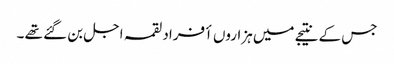
جس کے نتیجے میں ہزاروں أفراد لقمہ اجل بن گئے تھے ۔